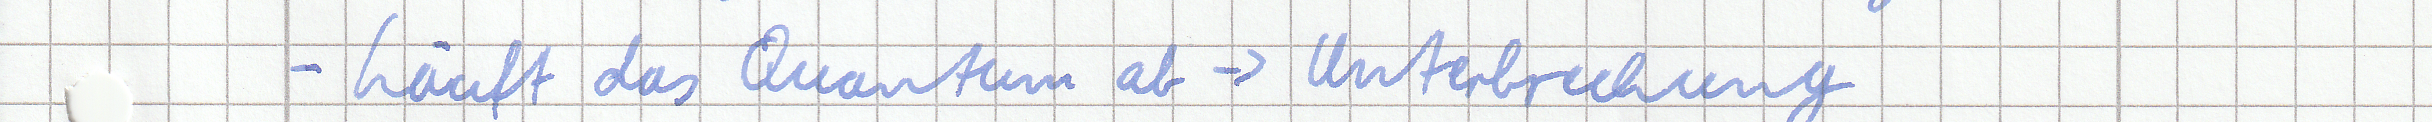
- Läuft das Quantum ab -> Unterbrechung